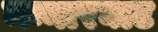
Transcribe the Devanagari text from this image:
मन्नारघाट